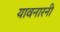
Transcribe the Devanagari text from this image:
यावनारनी